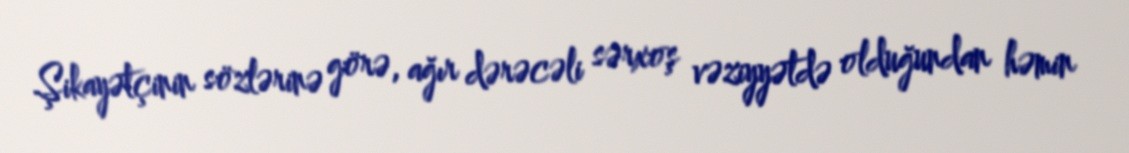
Şikayətçinin sözlərinə görə, ağır dərəcəli sərxoş vəziyyətdə olduğundan həmin